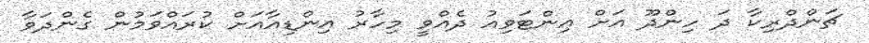
ޗަންދްރިކާ ދަ ހިންދޫ އަށް އިންޓަވިއު ދެއްވީ މިހާރު އިންޑިއާއަށް ކުރައްވަމުން ގެންދަވާ